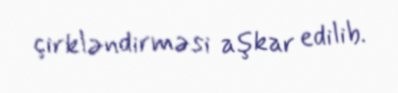
çirkləndirməsi aşkar edilib.